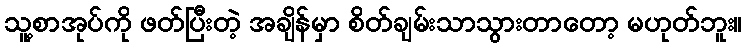
သူ့စာအုပ်ကို ဖတ်ပြီးတဲ့ အချိန်မှာ စိတ်ချမ်းသာသွားတာတော့ မဟုတ်ဘူး။